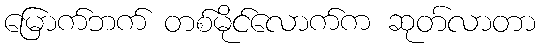
မြောက်ဘက် တစ်မိုင်လောက်က ဆုတ်လာတာ